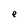
Character: e